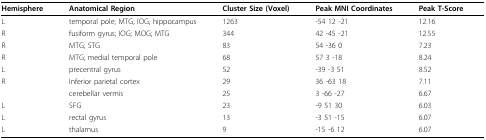
<table><thead><tr><td><b>Hemisphere</b></td><td><b>Anatomical Region</b></td><td><b>Cluster Size (Voxel)</b></td><td><b>Peak MNI Coordinates</b></td><td><b>Peak T-Score</b></td></tr></thead><tbody><tr><td>L</td><td>temporal pole; MTG; IOG; hippocampus</td><td>1263</td><td>-54 12 -21</td><td>12.16</td></tr><tr><td>R</td><td>fusiform gyrus; IOG; MOG; MTG</td><td>344</td><td>42 -45 -21</td><td>12.55</td></tr><tr><td>R</td><td>MTG; STG</td><td>83</td><td>54 -36 0</td><td>7.23</td></tr><tr><td>R</td><td>MTG; medial temporal pole</td><td>68</td><td>57 3 -18</td><td>8.24</td></tr><tr><td>L</td><td>precentral gyrus</td><td>52</td><td>-39 -3 51</td><td>8.52</td></tr><tr><td>R</td><td>Inferior parietal cortex</td><td>29</td><td>36 -63 18</td><td>7.11</td></tr><tr><td></td><td>cerebellar vermis</td><td>25</td><td>3 -66 -27</td><td>6.67</td></tr><tr><td>L</td><td>SFG</td><td>23</td><td>-9 51 30</td><td>6.03</td></tr><tr><td>L</td><td>rectal gyrus</td><td>13</td><td>-3 51 -15</td><td>6.07</td></tr><tr><td>L</td><td>thalamus</td><td>9</td><td>-15 -6 12</td><td>6.07</td></tr></tbody></table>